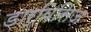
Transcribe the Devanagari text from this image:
डार्विसिज